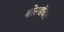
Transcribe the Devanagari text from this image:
बोरडॉक्स